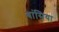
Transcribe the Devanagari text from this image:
बांसिया